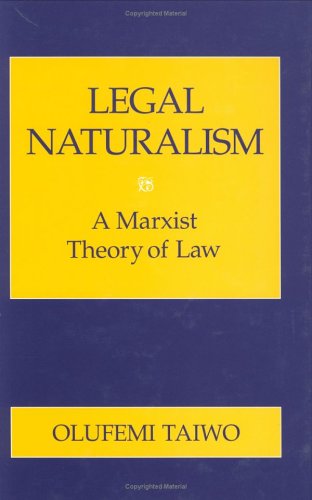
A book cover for Legal Naturalism: A Marxist Theory of Law; Olufemi Taiwo; Law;